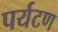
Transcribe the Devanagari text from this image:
पर्यटण